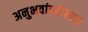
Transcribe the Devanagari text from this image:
अनुभवांबरोबरच